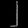
Digit: ၂